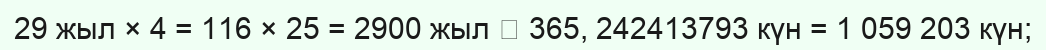
29 жыл × 4 = 116 × 25 = 2900 жыл  365, 242413793 күн = 1 059 203 күн;